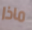
ماذا